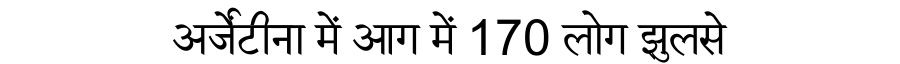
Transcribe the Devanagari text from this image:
अर्जेंटीना में आग में 170 लोग झुलसे